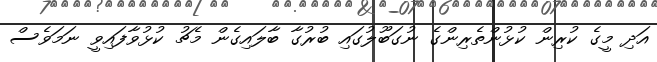
އަދި މީގެ ކުރިން ކުޅުންތެރިންގެ ނުގަބޫލުގައި ބުރުގާ ބާލައިގެން މެޗު ކުޅުވާފައިވީ ނަމަވެސް